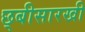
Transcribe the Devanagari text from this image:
छ्बीसारखी